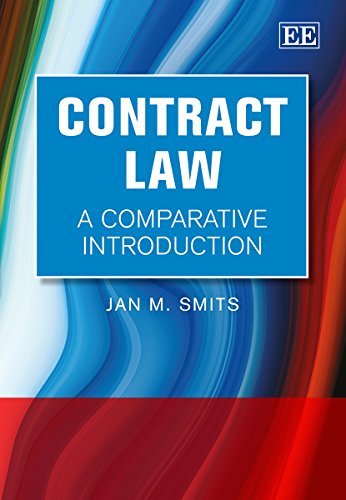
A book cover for Contract Law: A Comparative Introduction; Jan M. Smits; Law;